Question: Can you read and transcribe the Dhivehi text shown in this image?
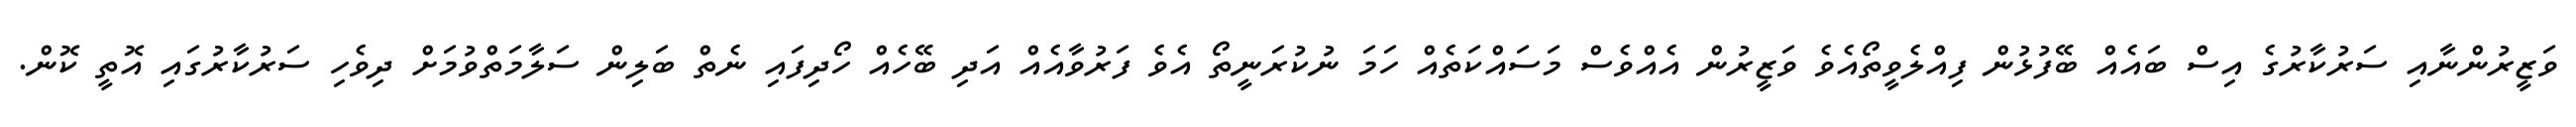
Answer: ވަޒީރުންނާއި ސަރުކާރުގެ އިސް ބައެއް ބޭފުޅުން ފިއްލެވީތޯއެވެ ވަޒީރުން އެއްވެސް މަސައްކަތެއް ހަމަ ނުކުރަނީތޯ އެވެ ފަރުވާއެއް އަދި ބޭހެއް ހޯދިފައި ނެތް ބަލިން ސަލާމަތްވުމަށް ދިވެހި ސަރުކާރުގައި އޮތީ ކޮން.